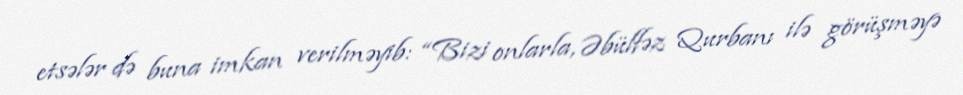
etsələr də buna imkan verilməyib: “Bizi onlarla, Əbülfəz Qurbanı ilə görüşməyə